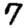
Digit: 7